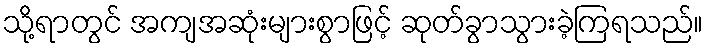
သို့ရာတွင် အကျအဆုံးများစွာဖြင့် ဆုတ်ခွာသွားခဲ့ကြရသည်။